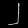
Digit: ၂